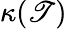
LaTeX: \kappa(\mathscr{T})